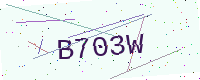
Text: B703W